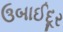
ઉબાઈદૂર